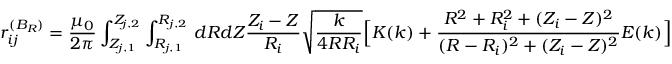
r _ { i j } ^ { ( B _ { R } ) } = \frac { \mu _ { 0 } } { 2 \pi } \int _ { Z _ { j , 1 } } ^ { Z _ { j , 2 } } \int _ { R _ { j , 1 } } ^ { R _ { j , 2 } } \, d R d Z \frac { Z _ { i } - Z } { R _ { i } } \sqrt { \frac { k } { 4 R R _ { i } } } \Big [ K ( k ) + \frac { R ^ { 2 } + R _ { i } ^ { 2 } + ( Z _ { i } - Z ) ^ { 2 } } { ( R - R _ { i } ) ^ { 2 } + ( Z _ { i } - Z ) ^ { 2 } } E ( k ) \Big ]